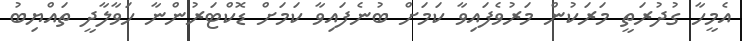
އެމީހާ ގުދުރަތީ މަރަކުން މަރުވެފައިވާ ކަމަށް ބުނެފައިވާ ކަމަށް ޑޮކްޓަރުންނާ ހަވާލާދީ ތައްޔިބު